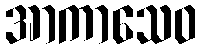
အာကာသေဝ